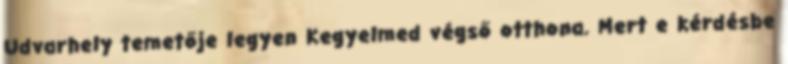
Udvarhely temetője legyen Kegyelmed végső otthona. Mert e kérdésbe